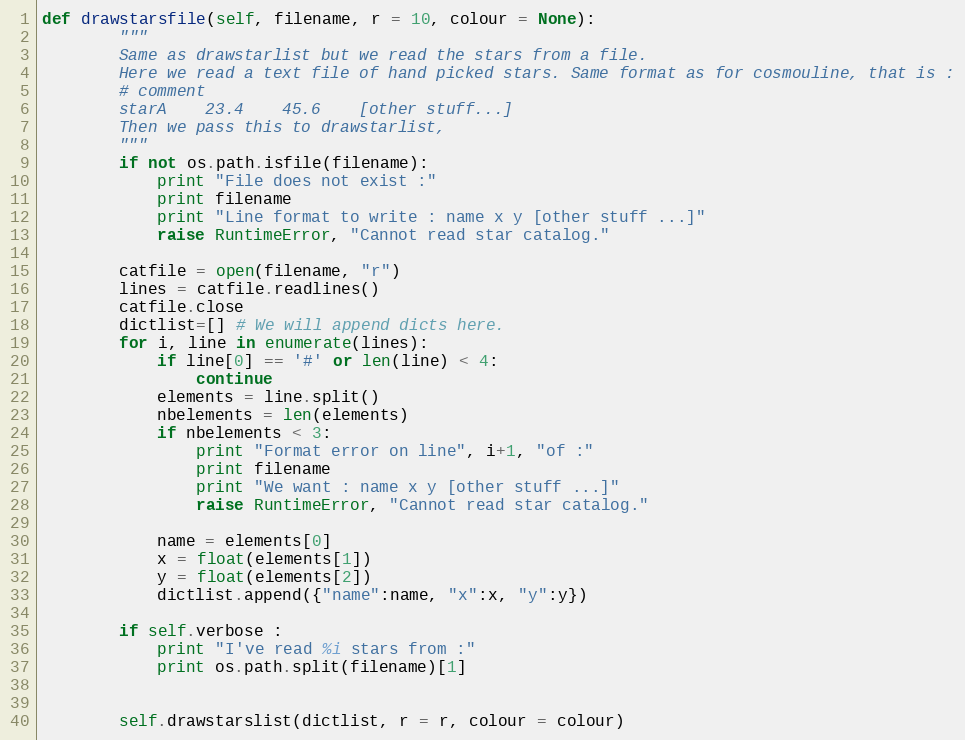
Language: Python
def drawstarsfile(self, filename, r = 10, colour = None):
        """
        Same as drawstarlist but we read the stars from a file.
        Here we read a text file of hand picked stars. Same format as for cosmouline, that is :
        # comment
        starA    23.4    45.6    [other stuff...]
        Then we pass this to drawstarlist,
        """
        if not os.path.isfile(filename):
            print "File does not exist :"
            print filename
            print "Line format to write : name x y [other stuff ...]"
            raise RuntimeError, "Cannot read star catalog."

        catfile = open(filename, "r")
        lines = catfile.readlines()
        catfile.close
        dictlist=[] # We will append dicts here.
        for i, line in enumerate(lines):
            if line[0] == '#' or len(line) < 4:
                continue
            elements = line.split()
            nbelements = len(elements)
            if nbelements < 3:
                print "Format error on line", i+1, "of :"
                print filename
                print "We want : name x y [other stuff ...]"
                raise RuntimeError, "Cannot read star catalog."

            name = elements[0]
            x = float(elements[1])
            y = float(elements[2])
            dictlist.append({"name":name, "x":x, "y":y})

        if self.verbose :
            print "I've read %i stars from :"
            print os.path.split(filename)[1]

        self.drawstarslist(dictlist, r = r, colour = colour)